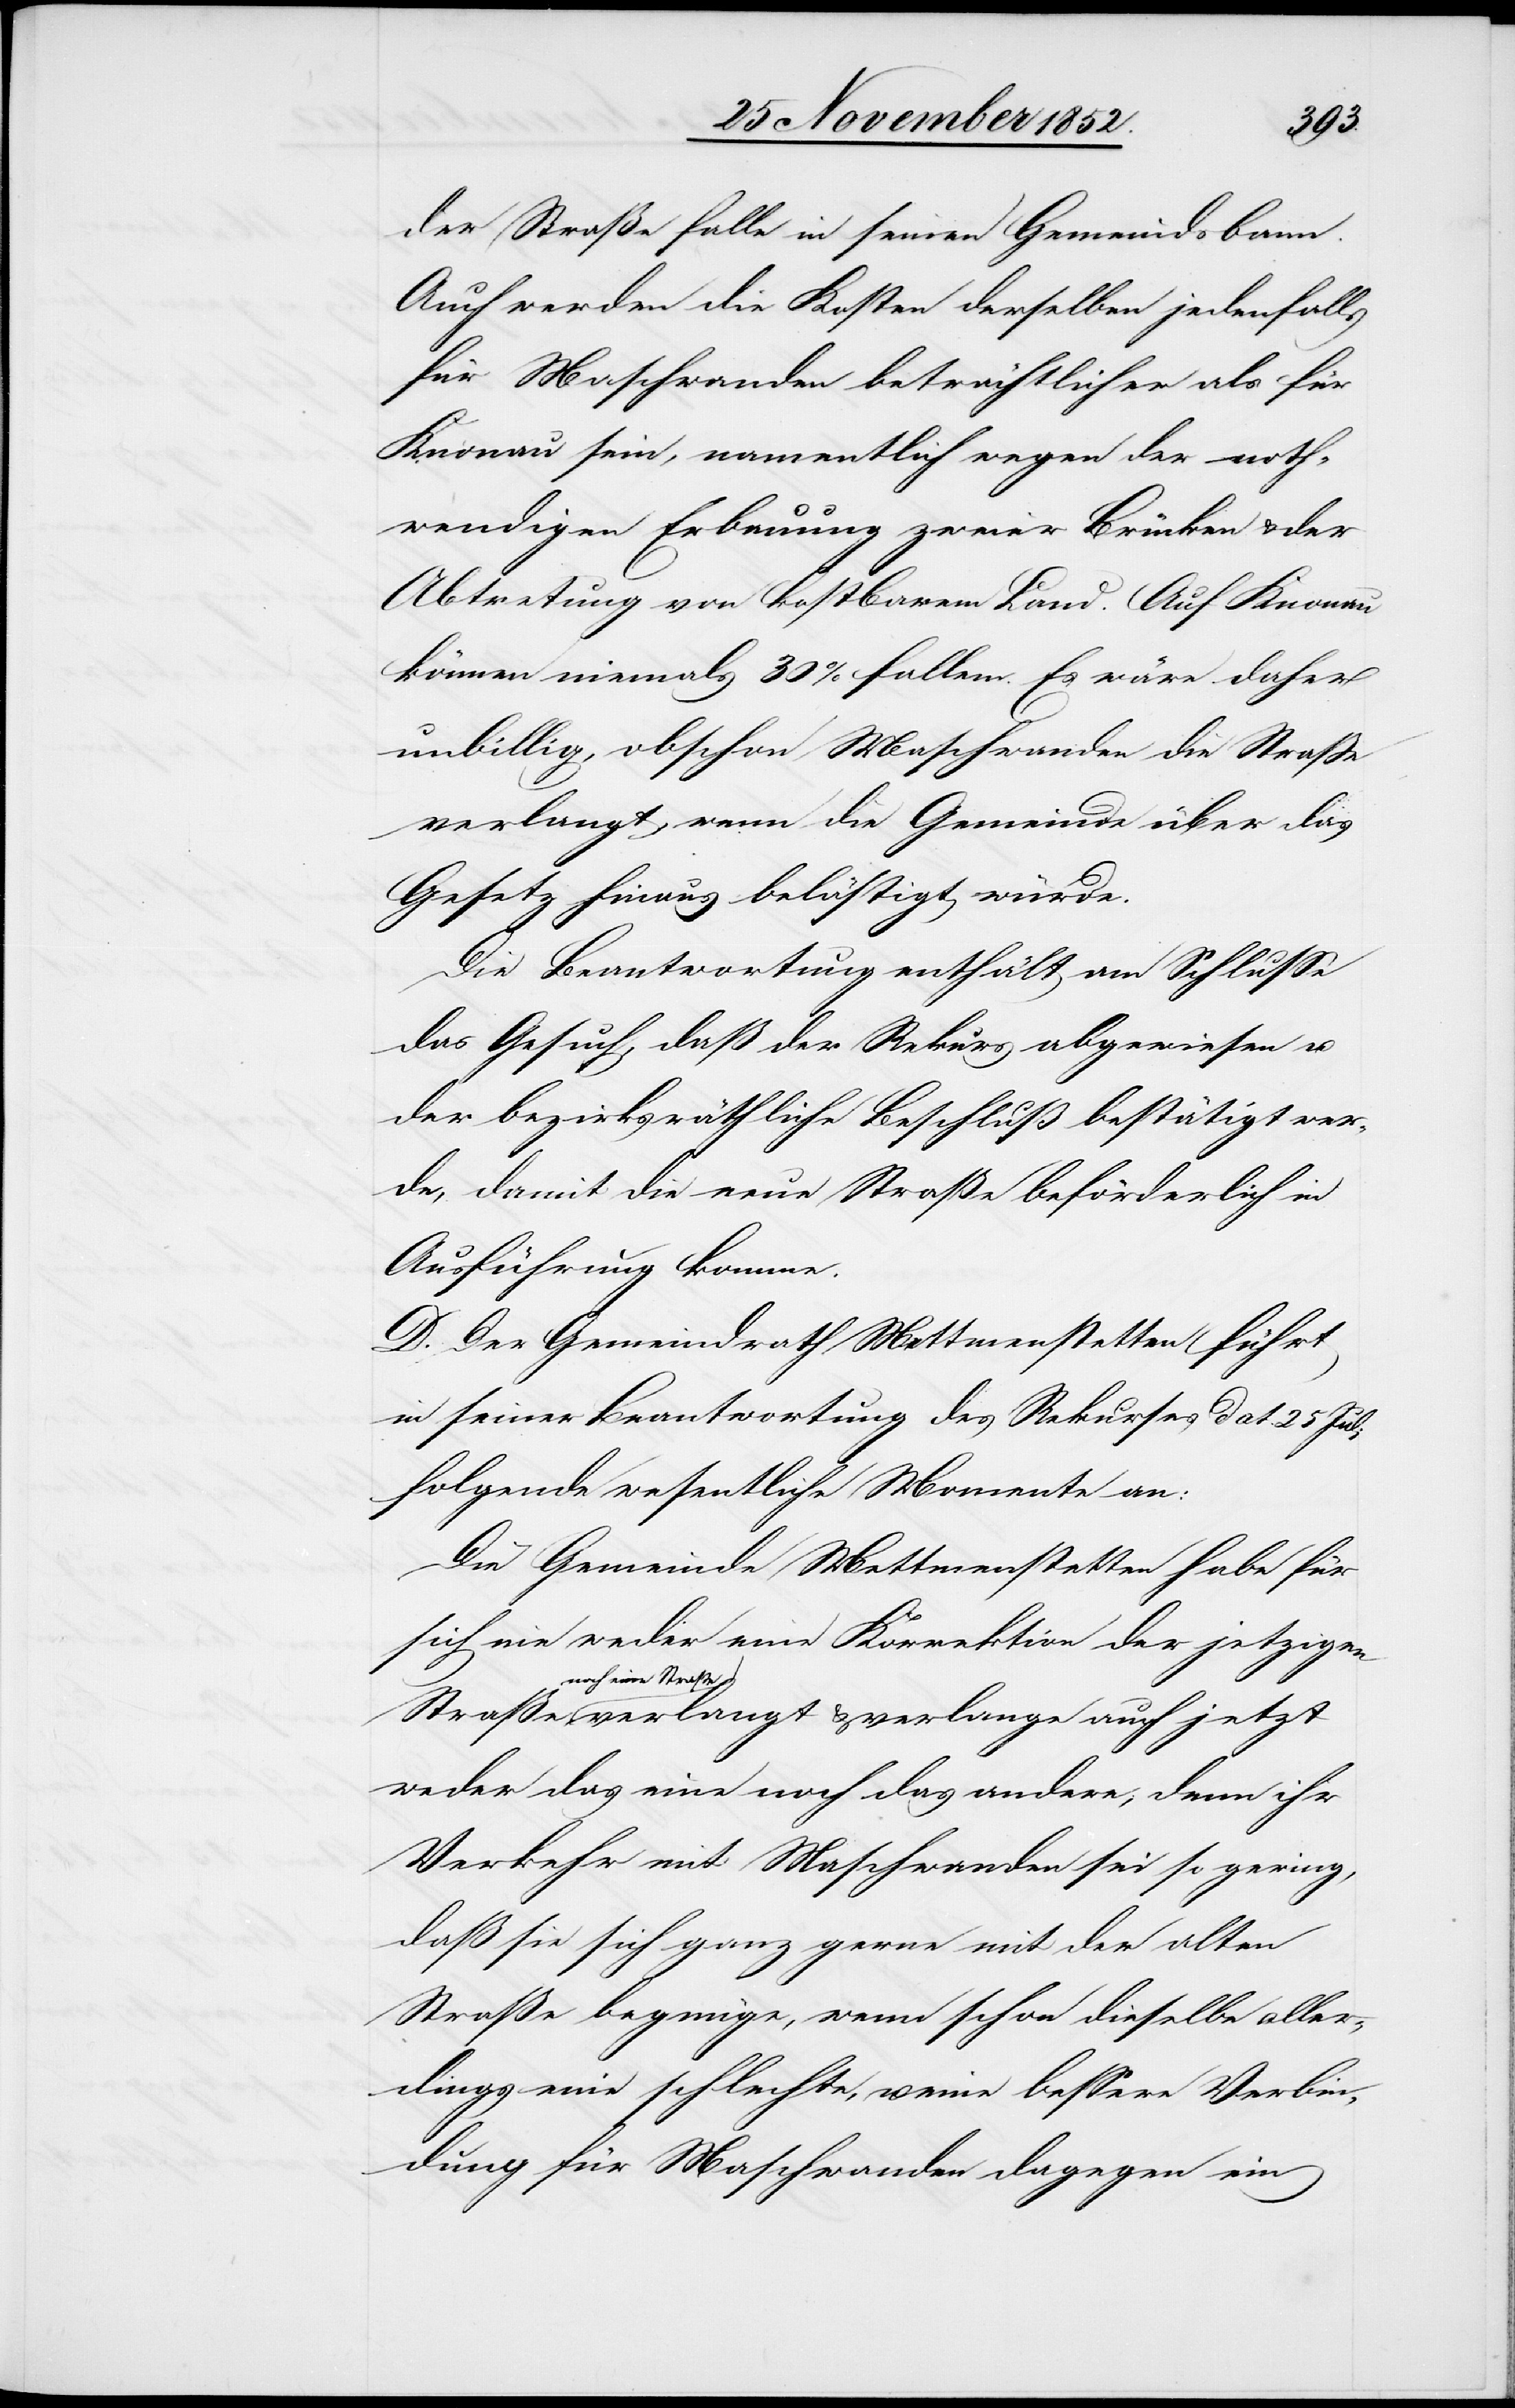
der Straße falle in seinen Gemeindsbann.
Auch werden die Kosten derselben jedenfalls
für Maschwanden beträchtlicher als für
Knonau sein, namentlich wegen der noth¬
wendigen Erbauung zweier Brücken & der
Abtretung von kostbarem Land. Auf Knonau
können niemals 30% fallen. Es wäre daher
unbillig, obschon Maschwanden die Straße
verlangt wenn die Gemeinde über das
Gesetz hinaus belästigt würde.
Die Beantwortung enthält am Schlusse
das Gesuch, daß der Rekurs abgewiesen u.
der bezirksräthliche Beschluß bestätigt wer¬
de, damit die neue Straße beförderlich in
Ausführung komme.
D. Der Gemeindrath Mettmenstetten führt
in seiner Beantwortung des Rekurses dat. 25 Juli
folgende wesentliche Momente an:
noch eine
Die Gemeinde Mettmenstetten habe für
sich nie weder eine Korrektion der jetzigen
Straße verlangt & verlange auch jetzt
weder das eine noch das andere; denn ihr
Verkehr mit Maschwanden sei so gering,
daß sie sich ganz gerne mit der alten
Straße begnüge, wenn schon dieselbe aller¬
dings eine schlechte, u. eine bessere Verbin¬
dung für Maschwanden dagegen ein